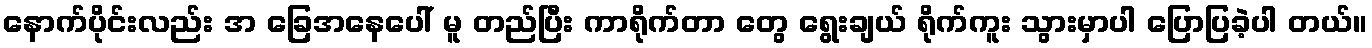
နောက်ပိုင်းလည်း အ ခြေအနေပေါ် မူ တည်ပြီး ကာရိုက်တာ တွေ ရွေးချယ် ရိုက်ကူး သွားမှာပါ ပြောပြခဲ့ပါ တယ်။